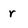
Character: r